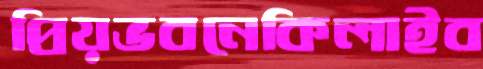
প্রিয়ভবনেকিলাইব